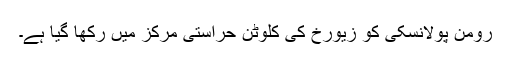
رومن پولانسکی کو زیورخ کی کلوٹن حراستی مرکز میں رکھا گیا ہے۔